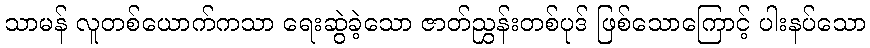
သာမန် လူတစ်ယောက်ကသာ ရေးဆွဲခဲ့သော ဇာတ်ညွှန်းတစ်ပုဒ် ဖြစ်သောကြောင့် ပါးနပ်သော